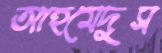
আহমেদুস